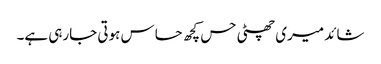
شائد میری چھٹی حس کچھ حساس ہوتی جارہی ہے۔